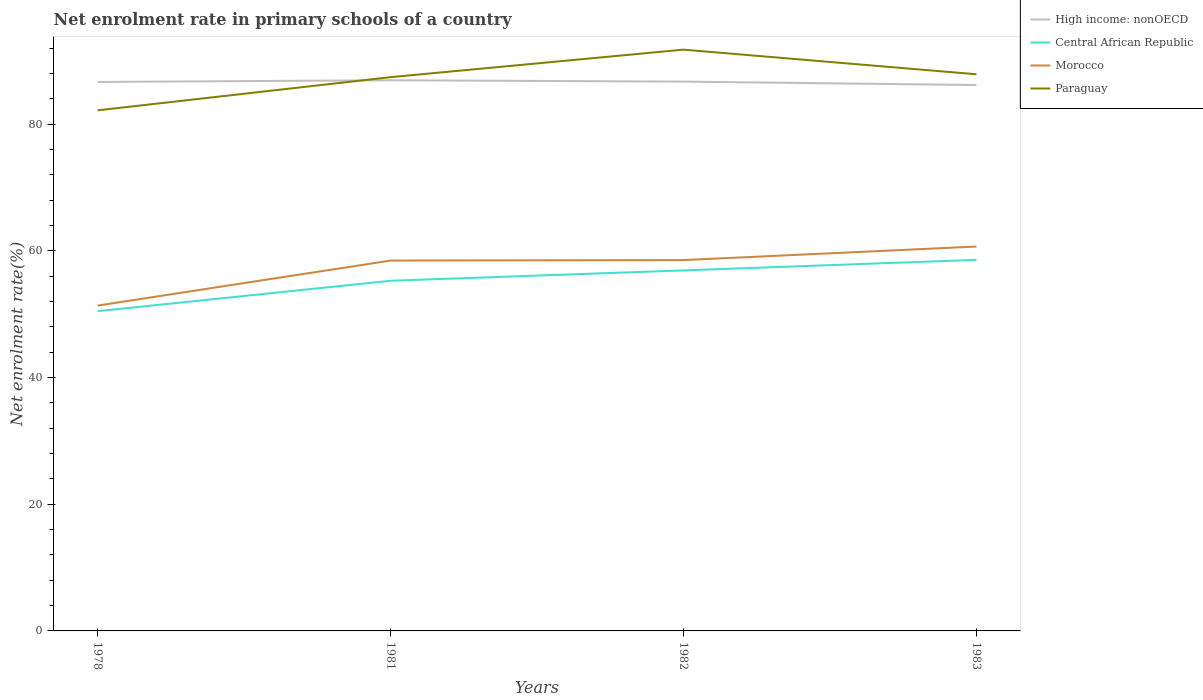
| Years | High income: nonOECD | Central African Republic | Morocco | Paraguay |
 | --- | --- | --- | --- | --- |
 | 1978 | 86.7 | 50.5 | 51.4 | 82.2 |
 | 1981 | 86.9 | 55.3 | 58.5 | 87.4 |
 | 1982 | 86.7 | 56.9 | 58.5 | 91.8 |
 | 1983 | 86.2 | 58.6 | 60.7 | 87.9 |